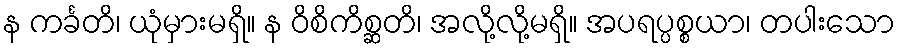
န ကင်္ခတိ၊ ယုံမှားမရှိ။ န ဝိစိကိစ္ဆတိ၊ အလို့လို့မရှိ။ အပရပ္ပစ္စယာ၊ တပါးသော